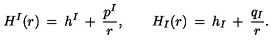
H ^ { I } ( r ) \: = \: h ^ { I } \: + \: \frac { p ^ { I } } { r } , \qquad H _ { I } ( r ) \: = \: h _ { I } \: + \: \frac { q _ { I } } { r } .